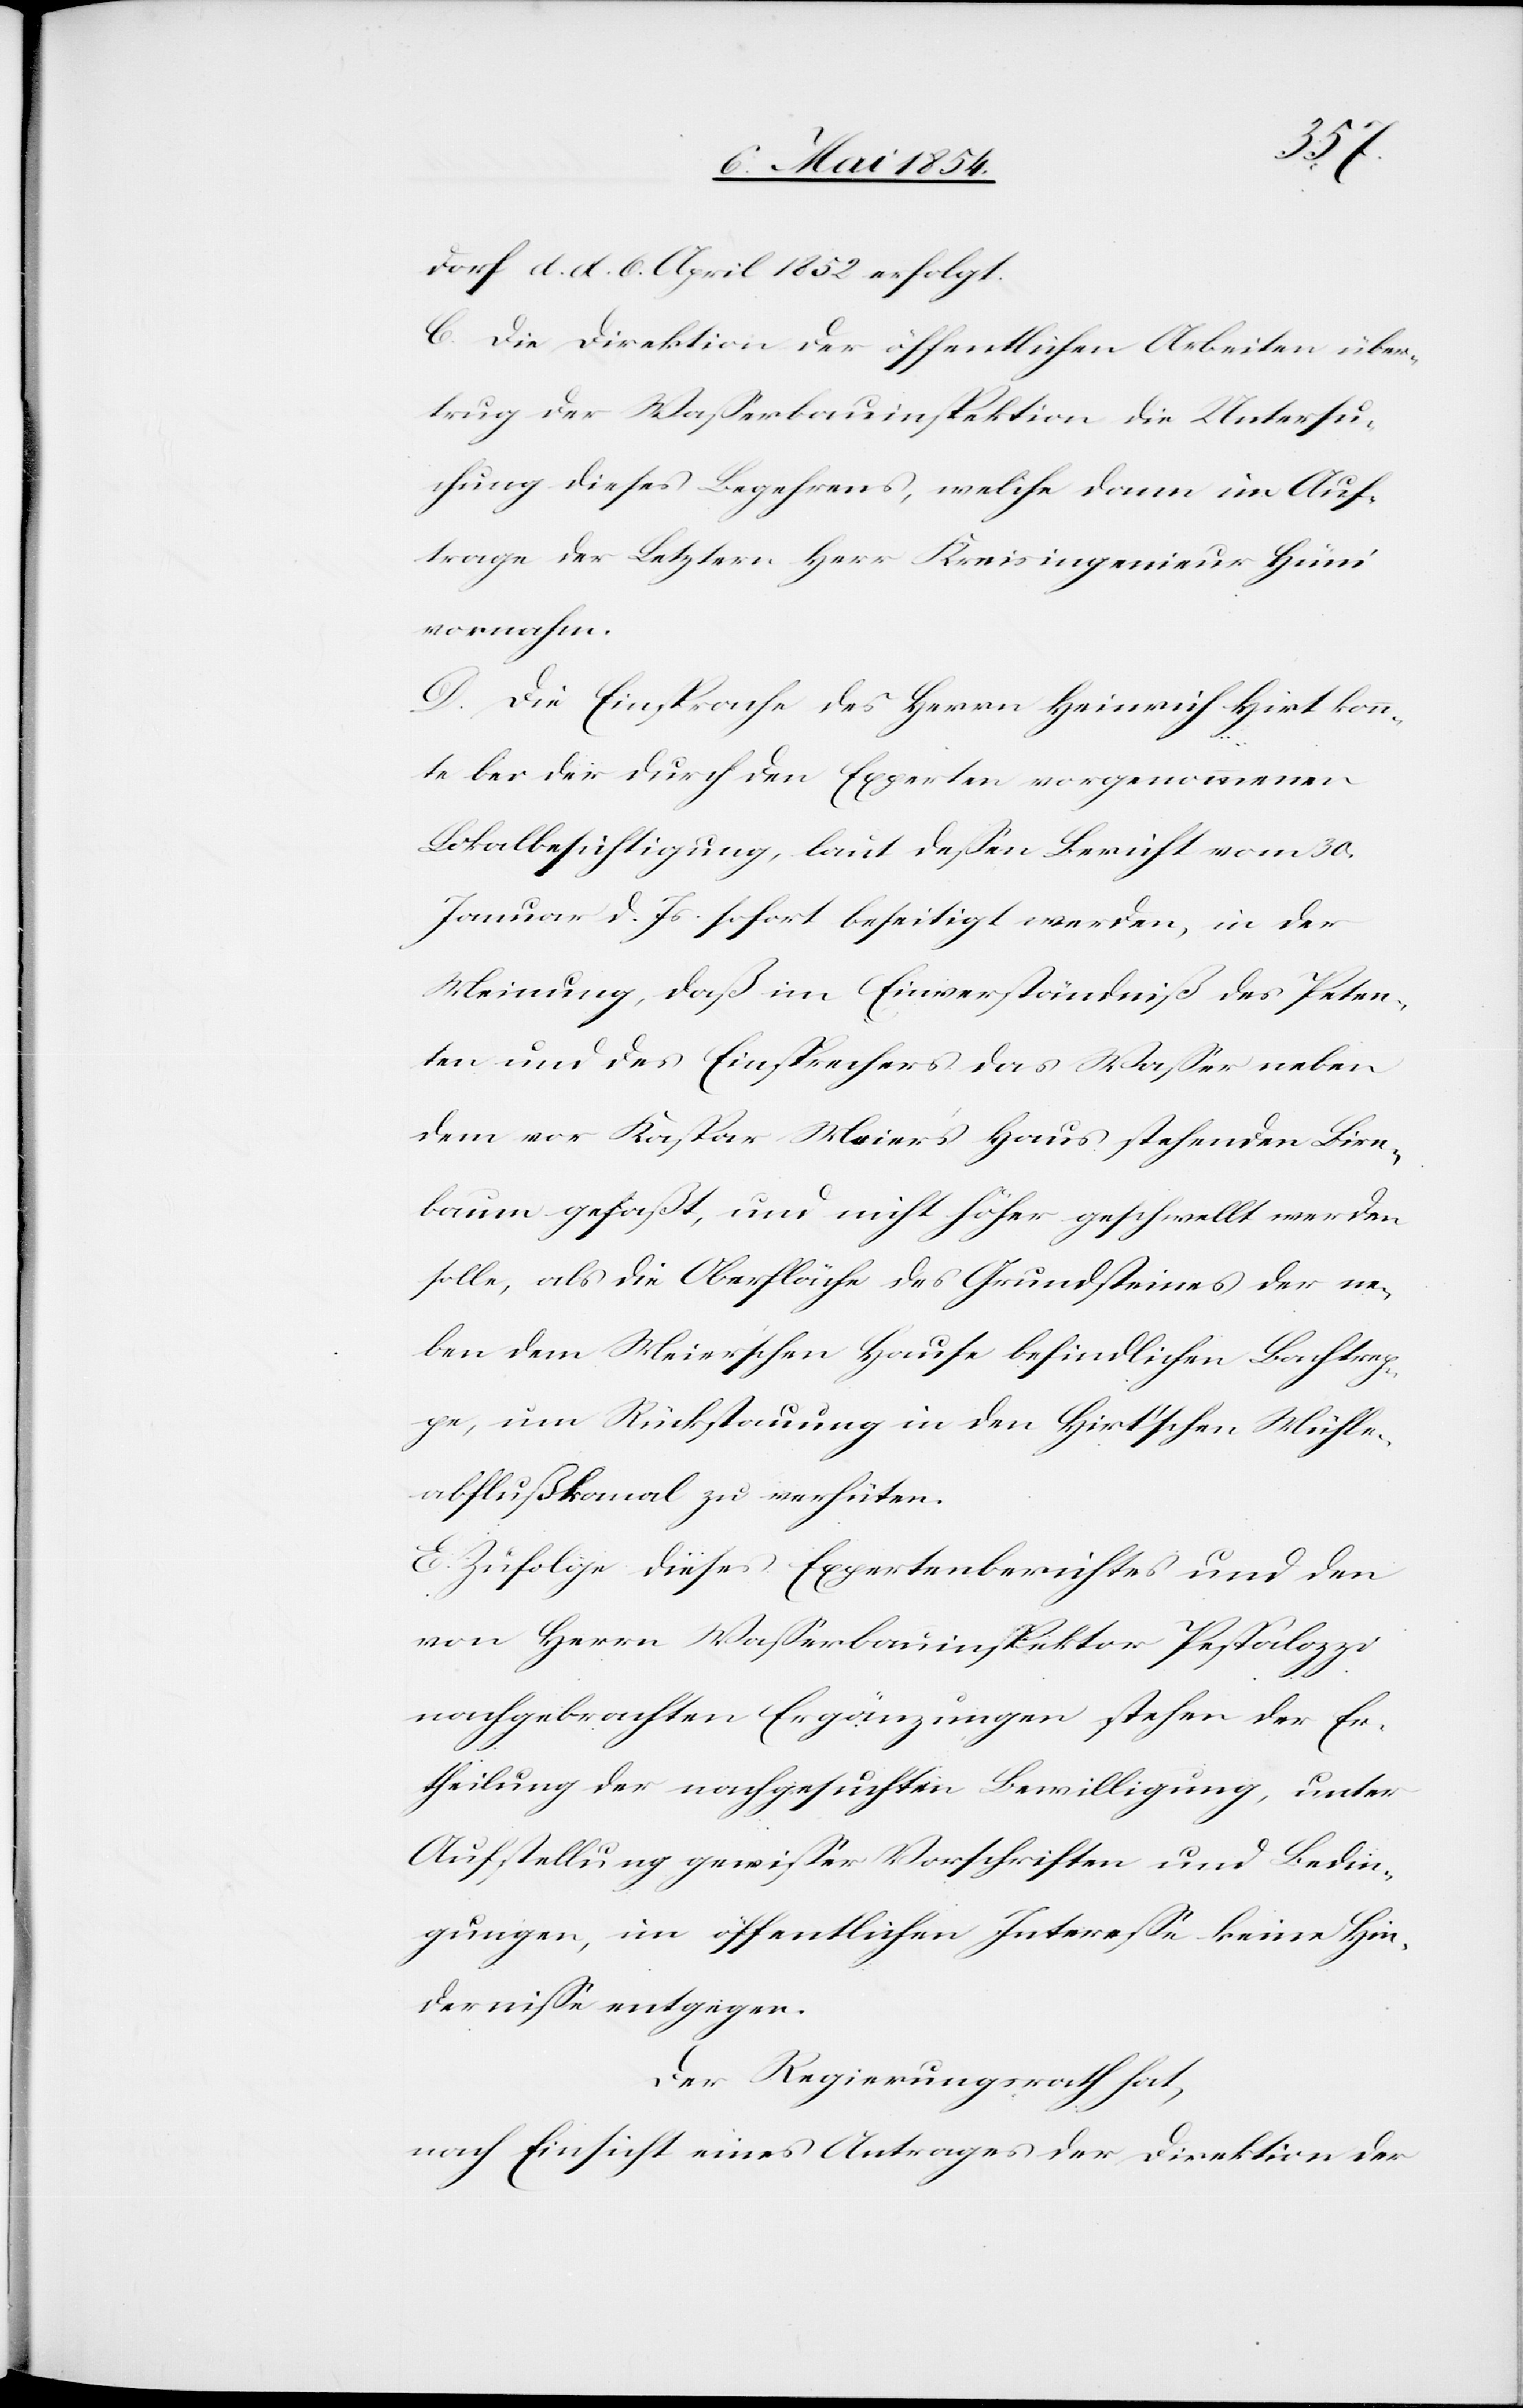
dorf d. d. 6. April 1852 erfolgt.
C. Die Direktion der öffentlichen Arbeiten über¬
trug die Waßerbauinspektion die Untersu¬
chung dieses Begehrens, welche dann im Auf¬
trage der Letztern Herr Kreisingenieur Hüni
vornahm.
D. Die Einsprache des Herrn Heinrich Hirt konn¬
te bei der durch den Experten vorgenommenen
Lokalbesichtigung, laut deßen Bericht vom 30.
Januar d. Js. sofort beseitigt werden, in der
Meinung, daß im Einverständniß des Peten¬
ten und des Einsprechers das Waßer neben
dem vor Kaspar Meier’s Haus stehenden Birn¬
baum gefaßt, und nicht höher geschwellt werden
solle, als die Oberfläche des Grundsteines der ne¬
ben dem Meierschen Hause befindlichen Bachtrep¬
pe, um Rückstauung in den Hirt’schen Mühle¬
abflußkanal zu verhüten.
E. Zufolge dieses Expertenberichtes und den
von Herrn Waßerbauinspektor Pestalozzi
nachgebrachten Ergänzungen stehen der Er¬
theilung der nachgesuchten Bewilligung, unter
Aufstellung gewißer Vorschriften und Bedin¬
gungen, im öffentlichen Intereße keine Hin¬
derniße entgegen.
Der Regierungsrath hat,
nach Einsicht eines Antrages der Direktion der